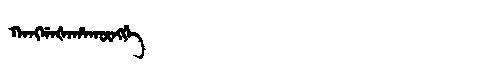
Manchu: ᡴᠠᠩᡤᠠᡧᠠᡥᠠᡴᡡᠩᡤᡝ
Romanization: KANGGAŠAHAKŪNGGE